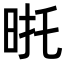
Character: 𭥮